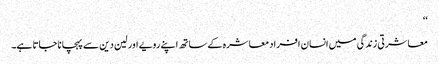
‘‘
معاشرتی زندگی میں انسان افراد معاشرہ کے ساتھ اپنے رویے اور لین دین سے پہچانا جاتا ہے۔